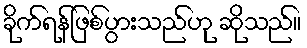
ခိုက်ရန်ဖြစ်ပွားသည်ဟု ဆိုသည်။